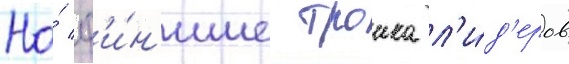
На́ ф'и́н'ише троика л'и́д'еров